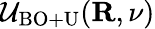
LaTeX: {\cal U}_{\mathrm{BO+U}}({\mathbf R},\nu)